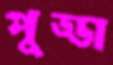
পুড্ডা